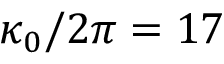
\kappa _ { 0 } / 2 \pi = 1 7